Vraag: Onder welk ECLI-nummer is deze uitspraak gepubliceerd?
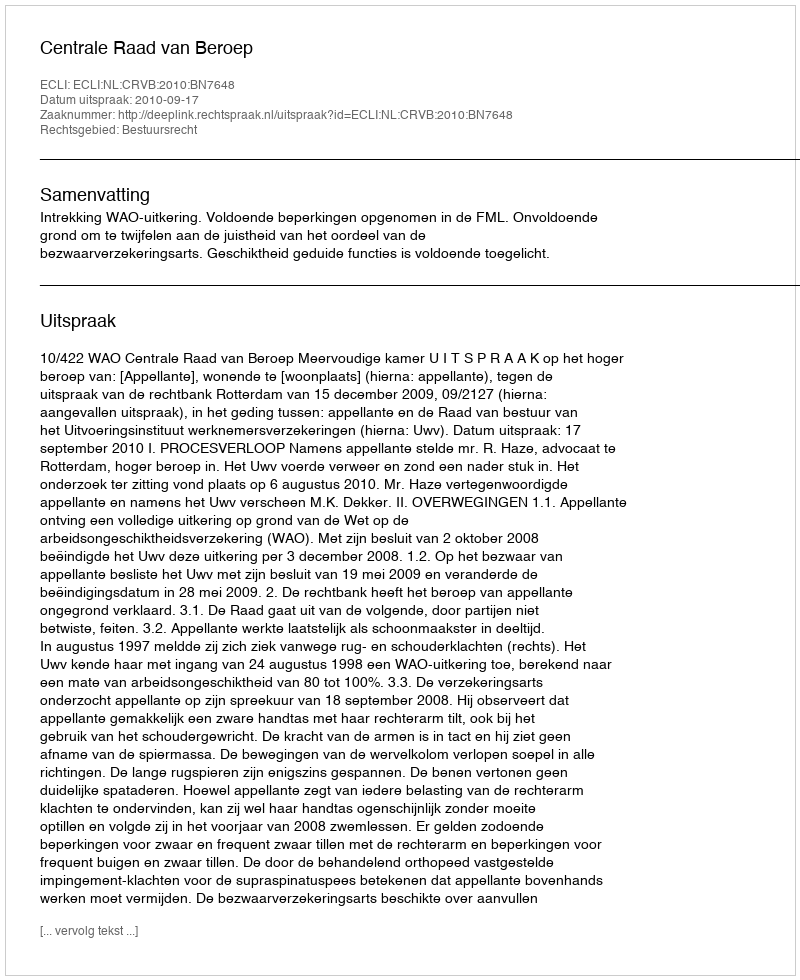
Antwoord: ECLI:NL:CRVB:2010:BN7648